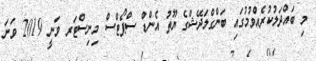
މި ބައްދަލުކުރެއްވުމުގައި ބަންގްލަދޭޝްގެ ޔޫތު އެންޑް ސްޕޯޓްސް މިނިސްޓަރ ވަނީ 2019 ވަނަ